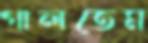
গালতেম